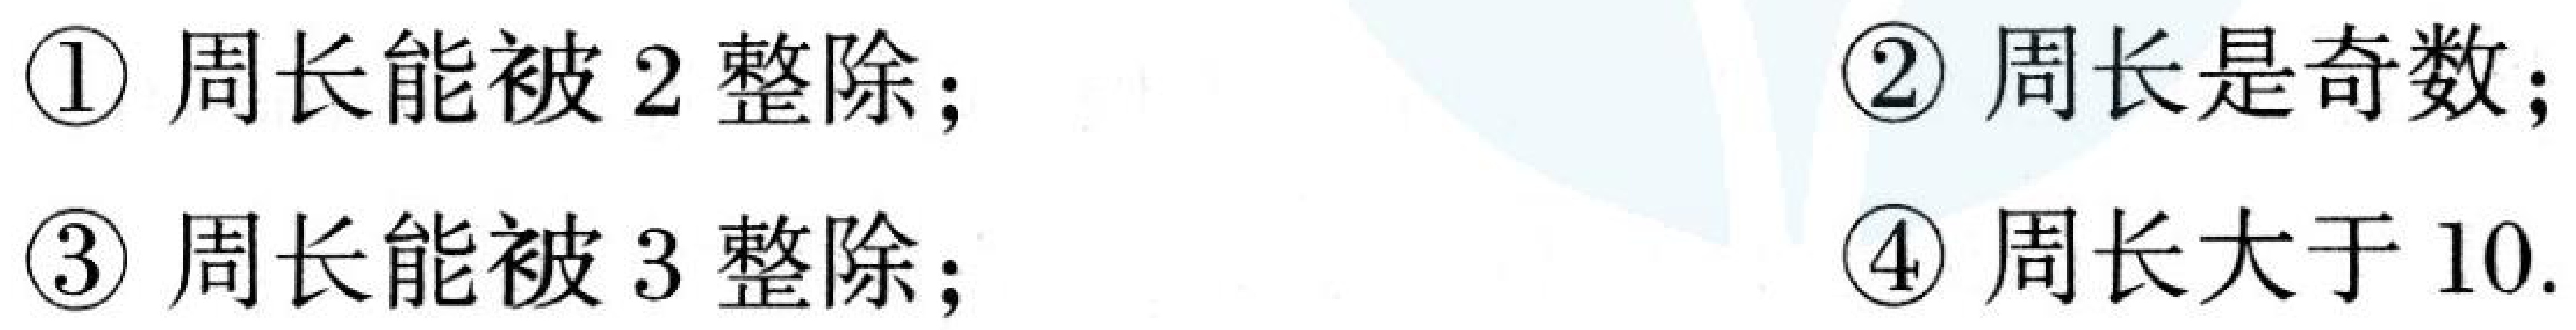
\textcircled{1} 周长能被$2$整除； \textcircled{2} 周长是奇数；
\textcircled{3} 周长能被$3$整除； \textcircled{4} 周长大于$10$.